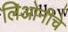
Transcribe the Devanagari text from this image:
लिओनीचे